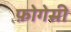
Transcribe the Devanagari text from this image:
फ़ोगेसी